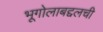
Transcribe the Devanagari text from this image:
भूगोलाबद्दलची